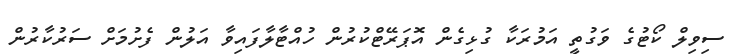
ސިވިލް ކޯޓުގެ ވަގުތީ އަމުރަކާ ގުޅިގެން އޮޕަރޭޓްކުރުން ހުއްޓާލާފައިވާ އަލުން ފެށުމަށް ސަރުކާރުން